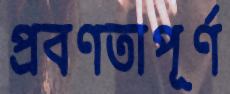
প্রবণতাপূর্ণ